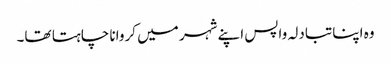
وہ اپنا تبادلہ واپس اپنے شہر میں کروانا چاہتا تھا۔